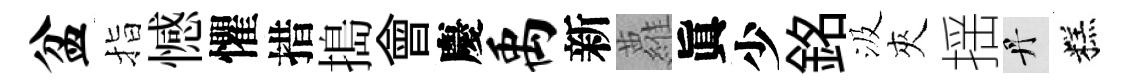
盆指憾懼措搗會慶禹新蘿眞少銘汲夾揺丹糕